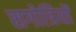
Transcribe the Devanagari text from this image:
सगोत्रियों